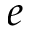
e